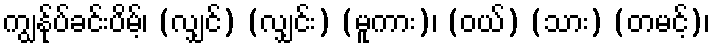
ကျွန်ုပ်ခင်းပိမ့်၊ (လျှင်) (လျှင်း) (မူကား)၊ (ဝယ်) (သား) (တမင့်)၊